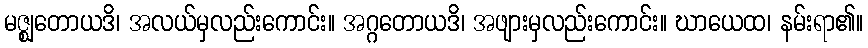
မဇ္ဈတောယဒိ၊ အလယ်မှလည်းကောင်း။ အဂ္ဂတောယဒိ၊ အဖျားမှလည်းကောင်း။ ဃာယေထ၊ နမ်းရာ၏။